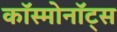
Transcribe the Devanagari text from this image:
काॅस्मोनाॅट्स